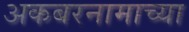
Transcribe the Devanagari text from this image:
अकबरनामाच्या